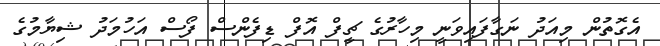
އެގޮތުން މިއަދު ނަގާފައިވަނީ މިހާރުގެ ޗީފް އޮފް ޑިފެންސް ފޯސް އަހުމަދު ޝިޔާމުގެ